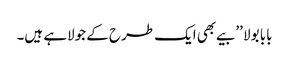
بابا بولا ’’بیے بھی ایک طرح کے جولاہے ہیں۔